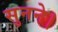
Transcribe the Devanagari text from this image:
सुनने।